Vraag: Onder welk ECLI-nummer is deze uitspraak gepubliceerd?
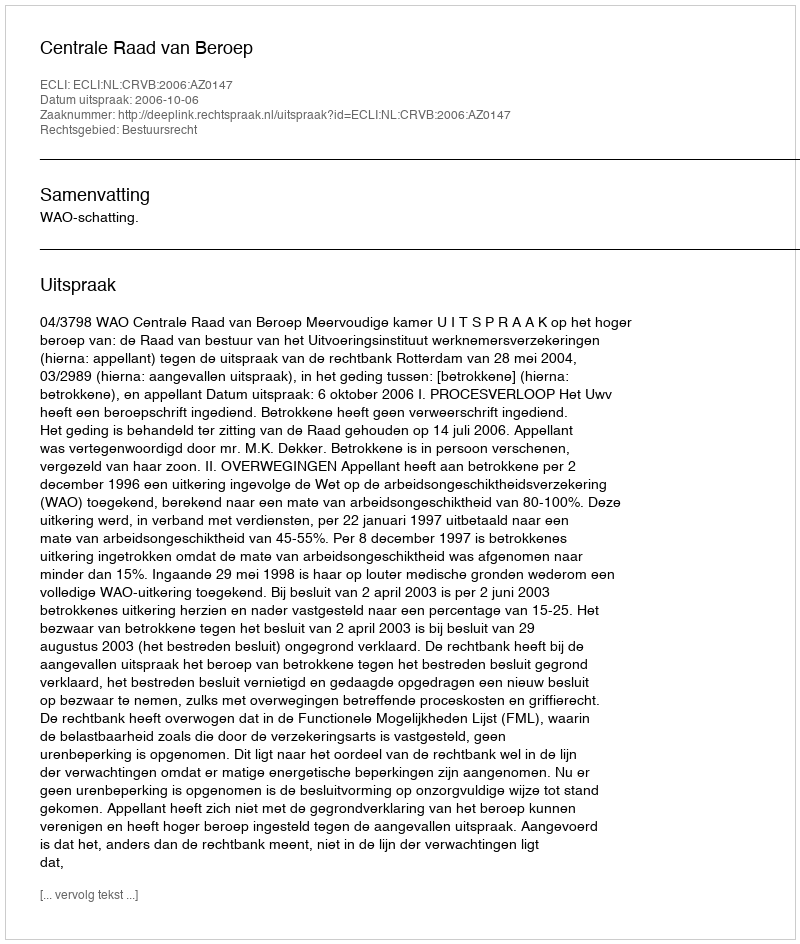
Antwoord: ECLI:NL:CRVB:2006:AZ0147